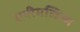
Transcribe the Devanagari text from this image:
एनीमलिज्म